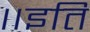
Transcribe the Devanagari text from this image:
॥इति